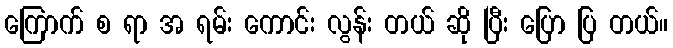
ကြောက် စ ရာ အ ရမ်း ကောင်း လွန်း တယ် ဆို ပြီး ပြော ပြ တယ်။